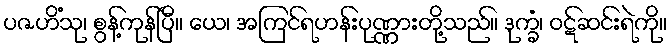
ပဇဟိံသု၊ စွန့်ကုန်ပြီ။ ယေ၊ အကြင်ရဟန်းပုဏ္ဏားတို့သည်။ ဒုက္ခံ၊ ဝဋ်ဆင်းရဲကို။